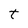
Character: t